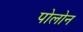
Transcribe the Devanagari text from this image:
पोलोन